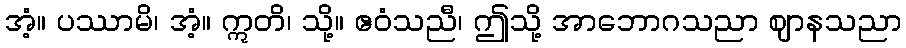
အံ့။ ပဿာမိ၊ အံ့။ ဣတိ၊ သို့။ ဧဝံသညီ၊ ဤသို့ အာဘောဂသညာ ဈာနသညာ